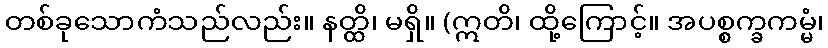
တစ်ခုသောကံသည်လည်း။ နတ္ထိ၊ မရှိ။ (ဣတိ၊ ထို့ကြောင့်။ အပစ္စက္ခကမ္မံ၊